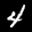
Label: 4